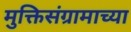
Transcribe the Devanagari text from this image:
मुक्तिसंग्रामाच्या